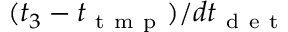
( t _ { 3 } - t _ { \mathrm { ~ t ~ m ~ p ~ } } ) / d t _ { \mathrm { ~ d ~ e ~ t ~ } }